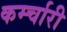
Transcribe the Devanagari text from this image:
कर्म्चारी